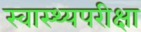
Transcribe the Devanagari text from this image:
स्वास्थ्यपरीक्षा